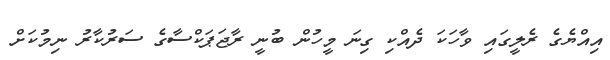
އިއްޔެގެ ރެލީގައި ވާހަކަ ދެއްކި ގިނަ މީހުން ބުނީ ރާޖަޕަކްސާގެ ސަރުކާރު ނިމުކަށް